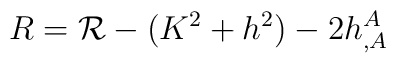
R ={\cal R} - (K^{2} + h^{2})  -2  h^{A}_{,A}